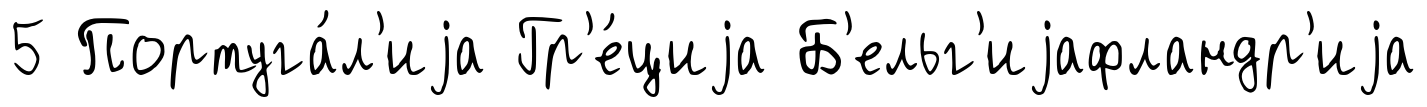
5 Португа́л'иjа Гр'е́циjа Б'ельг'иjафландр'иjа